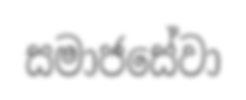
සමාජසේවා